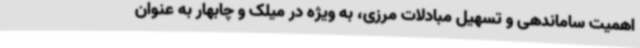
اهمیت ساماندهی و تسهیل مبادلات مرزی، به ویژه در میلک و چابهار به عنوان